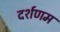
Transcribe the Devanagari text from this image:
दर्शणम